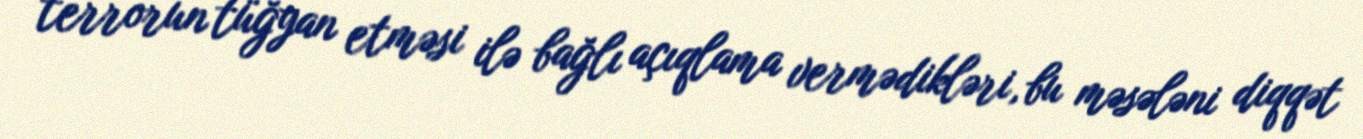
terrorun tüğyan etməsi ilə bağlı açıqlama vermədikləri, bu məsələni diqqət